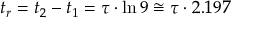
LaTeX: t _ { r } = t _ { 2 } - t _ { 1 } = \tau \cdot \ln 9 \cong \tau \cdot 2 . 1 9 7